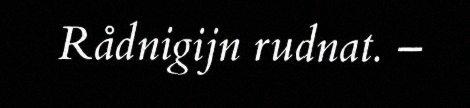
Rådnigijn rudnat. –